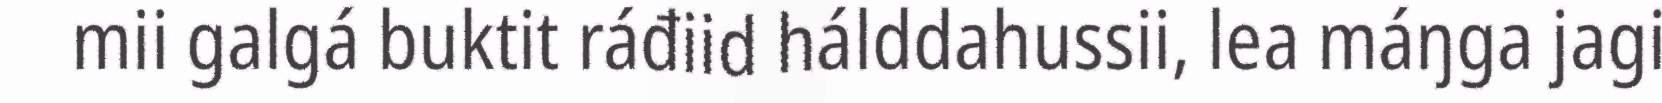
mii galgá buktit ráđiid hálddahussii, lea máŋga jagi